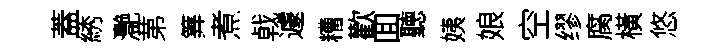
蓋綉灧苐筭煮㦸遽糟歡囬聽姨娘空缪腐橫悠